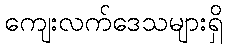
ကျေးလက်ဒေသများရှိ